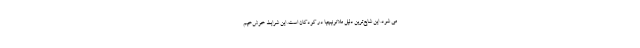
می شود. این شایع‌ترین دلیل ملانونیچیا در کودکان است. این شرایط خوش‌خیم